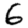
Digit: 6